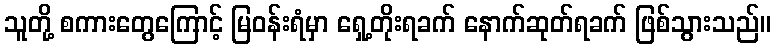
သူတို့ စကားတွေကြောင့် မြဝန်းရံမှာ ရှေ့တိုးရခက် နောက်ဆုတ်ရခက် ဖြစ်သွားသည်။